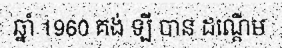
ឆ្នាំ 1960 គង់ ឡី បាន ដណ្តើម